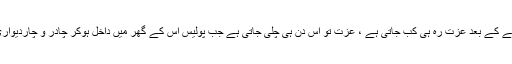
19 سال جیل میں رہ جانے کے بعد عزت رہ ہی کب جاتی ہے ، عزت تو اس دن ہی چلی جاتی ہے جب پولیس اس کے گھر میں داخل ہوکر چادر و چاردیواری کو پامال کردیتی ہے ۔